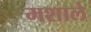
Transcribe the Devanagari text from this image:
मशाले